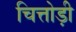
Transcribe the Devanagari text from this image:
चित्तोड़ी